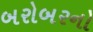
બરોબરનો